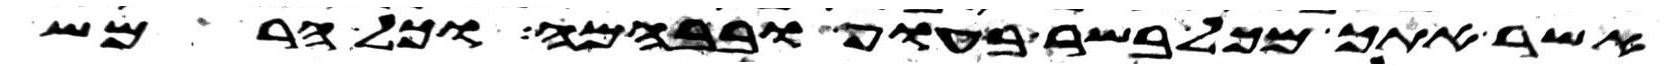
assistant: אשר אתך מכל בשר בעוף ובבהמה ובכל הרמש